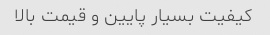
کیفیت بسیار پایین و قیمت بالا